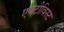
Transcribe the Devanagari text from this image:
एक्टीविस्ट